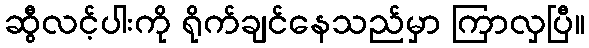
ဆွီလင့်ပါးကို ရိုက်ချင်နေသည်မှာ ကြာလှပြီ။